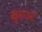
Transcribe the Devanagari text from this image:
ब्यूमाउन्ट